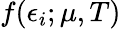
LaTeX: f(\epsilon_{i};\mu,T)